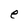
Character: e